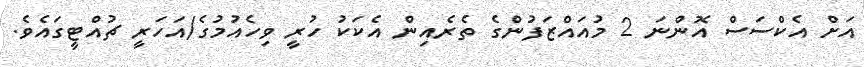
އަށް އެކްސަސް އޮންނަ 2 މުއައްޒަފުންގެ ތެރެއިން އެކަކު ހުރީ ވިހެއުމުގެ/އަހަރީ ޗުއްޓީގައެވެ.